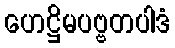
ဟေဋ္ဌိမပဗ္ဗတပါဒံ